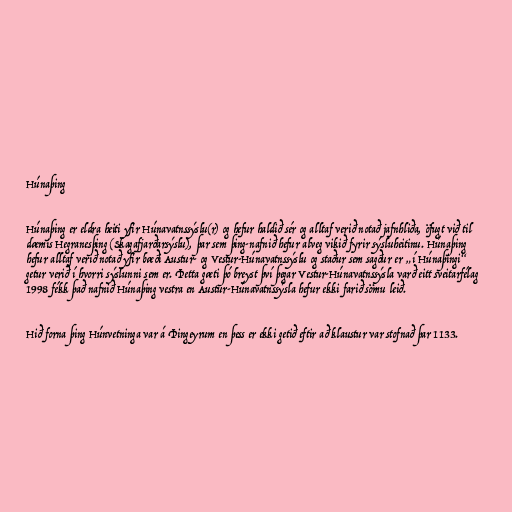
Húnaþing

Húnaþing er eldra heiti yfir Húnavatnssýslu(r) og hefur haldið sér og alltaf verið notað jafnhliða, öfugt við til
dæmis Hegranesþing (Skagafjarðarsýslu), þar sem þing-nafnið hefur alveg vikið fyrir sýsluheitinu. Húnaþing
hefur alltaf verið notað yfir bæði Austur- og Vestur-Húnavatnssýslu og staður sem sagður er „í Húnaþingi“
getur verið í hvorri sýslunni sem er. Þetta gæti þó breyst því þegar Vestur-Húnavatnssýsla varð eitt sveitarfélag
1998 fékk það nafnið Húnaþing vestra en Austur-Húnavatnssýsla hefur ekki farið sömu leið.

Hið forna þing Húnvetninga var á Þingeyrum en þess er ekki getið eftir að klaustur var stofnað þar 1133.